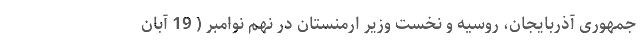
جمهوری آذربایجان، روسیه و نخست وزیر ارمنستان در نهم نوامبر ( 19 آبان